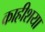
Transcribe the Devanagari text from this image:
काहीशया